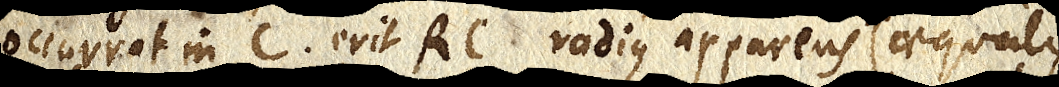
occurrat in C. erit RC radius apparens (aequalis